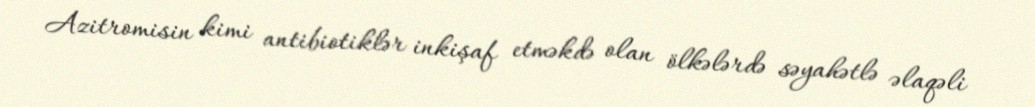
Azitromisin kimi antibiotiklər inkişaf etməkdə olan ölkələrdə səyahətlə əlaqəli